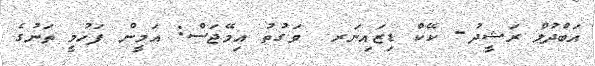
އަބްދުލް ރަޝީދު- ކޭކް ޑިޒައިނަރ  ވަގުތު އިމޭޖަސް: އަމީން ފަހުމީ ތަނުގެ